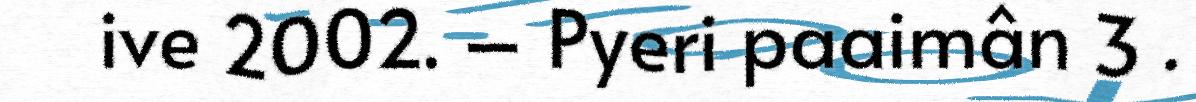
ive 2002. – Pyeri paaimân 3 .